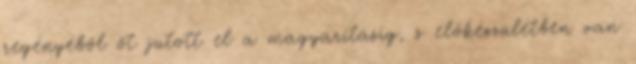
regényéből öt jutott el a magyarításig, s előkészületben van